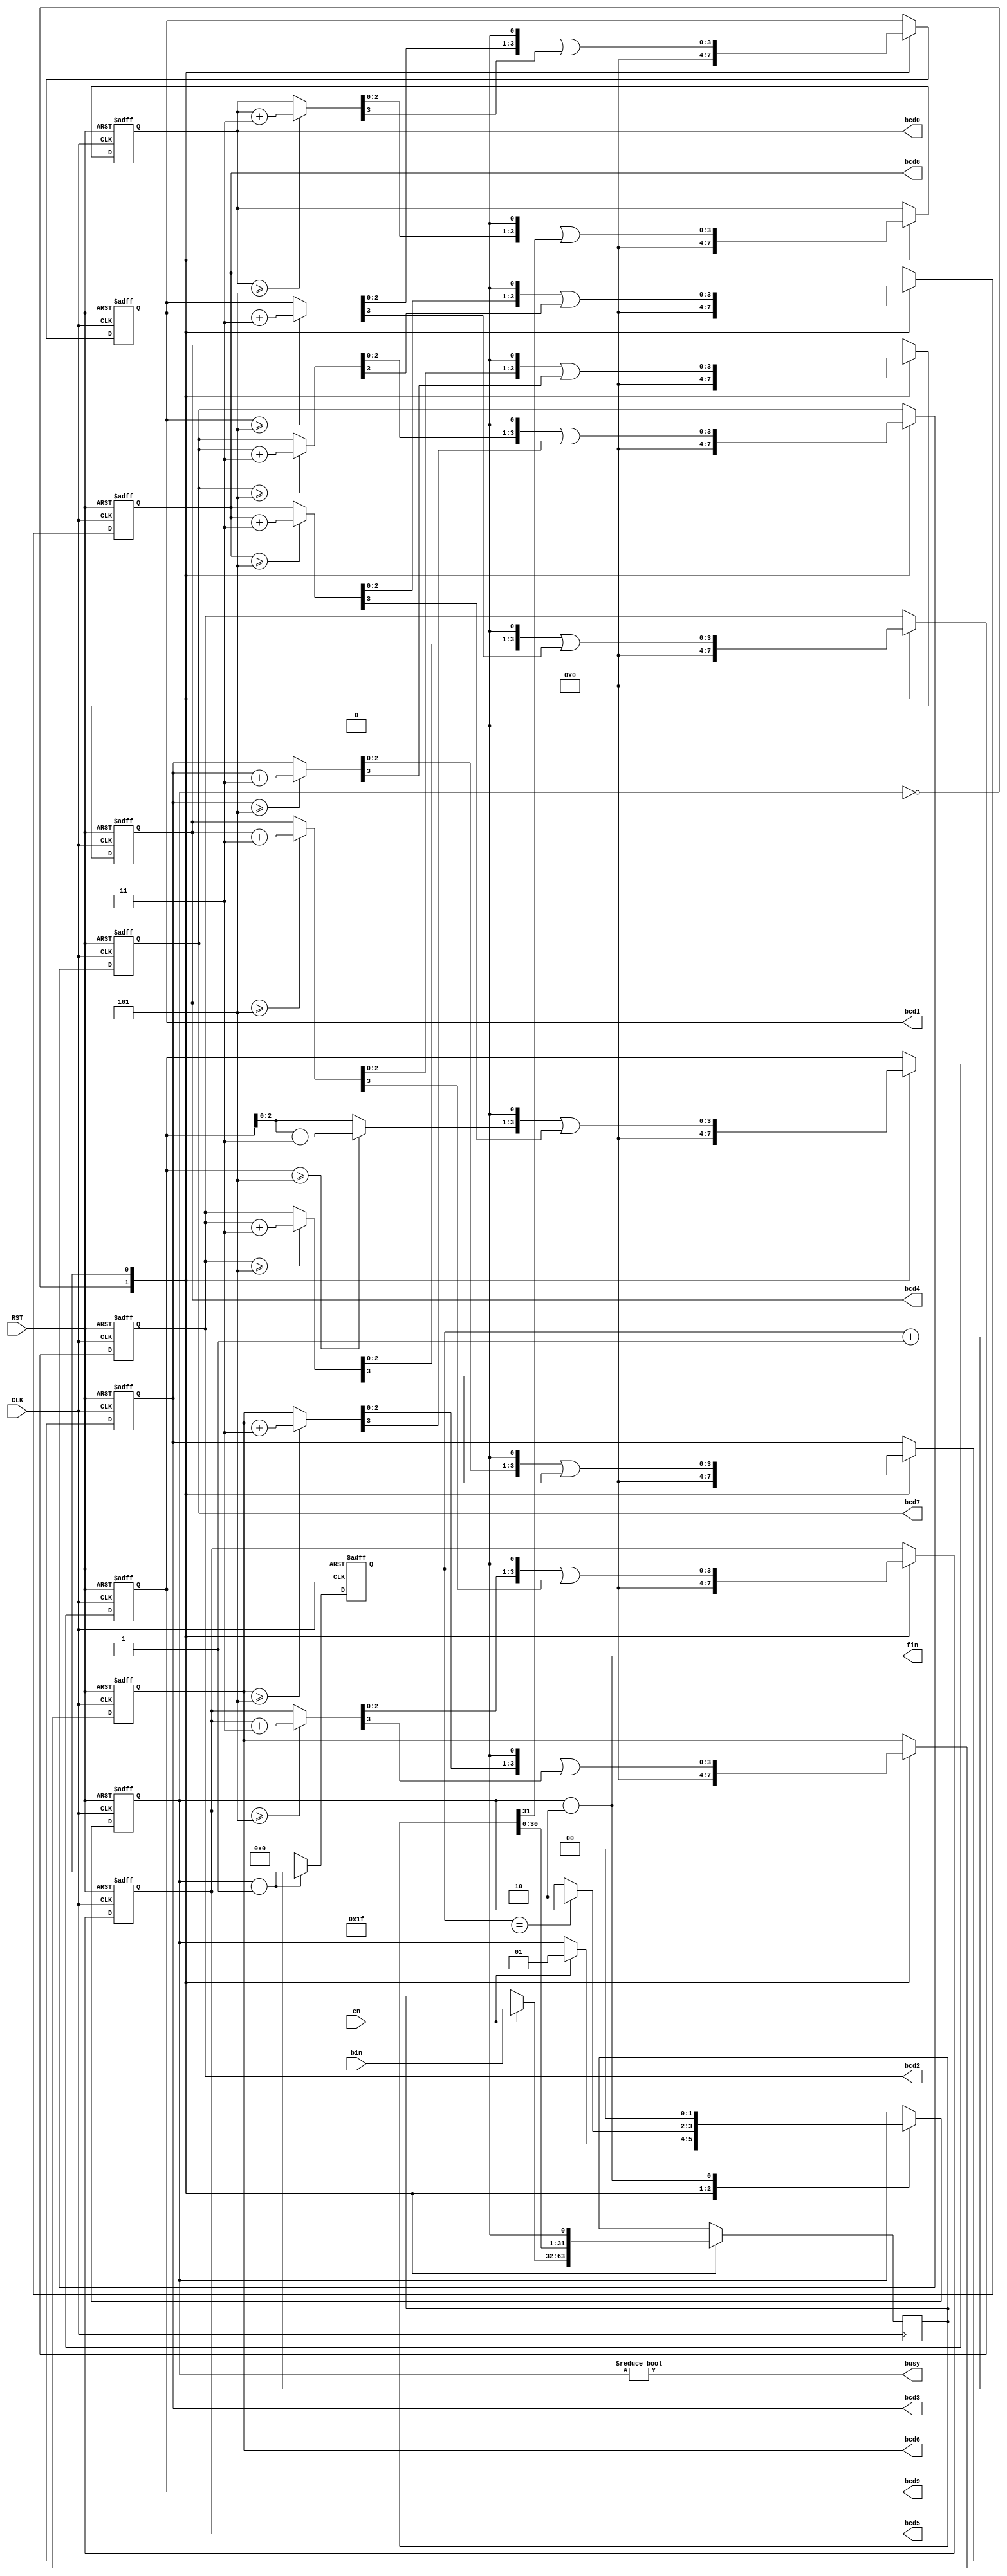

module bin2bcd32
  (
   input        CLK,
   input        RST,

   input        en,
   input [31:0] bin,

   output [3:0] bcd0,
   output [3:0] bcd1,
   output [3:0] bcd2,
   output [3:0] bcd3,
   output [3:0] bcd4,
   output [3:0] bcd5,
   output [3:0] bcd6,
   output [3:0] bcd7,
   output [3:0] bcd8,
   output [3:0] bcd9,

   output       busy,
   output       fin
   );

   reg [31:0]   bin_r;
   reg [4:0]    bitcount;
   reg [3:0]    bcd[0:9];
   wire [3:0]   bcdp[0:9];

   assign bcd0 = bcd[0];
   assign bcd1 = bcd[1];
   assign bcd2 = bcd[2];
   assign bcd3 = bcd[3];
   assign bcd4 = bcd[4];
   assign bcd5 = bcd[5];
   assign bcd6 = bcd[6];
   assign bcd7 = bcd[7];
   assign bcd8 = bcd[8];
   assign bcd9 = bcd[9];

   localparam s_idle = 2'b00;
   localparam s_busy = 2'b01;
   localparam s_fin  = 2'b10;
   reg [1:0]    state;

   assign busy = state != s_idle;
   assign fin  = state == s_fin;

   always @(posedge CLK or negedge RST)
     if (!RST) begin
        state <= s_idle;
     end else begin
        case (state)
          s_idle: 
            if (en)
              state <= s_busy;

          s_busy:
            if (bitcount == 5'd31)
              state <= s_fin;

          s_fin:
            state <= s_idle;

          default: ;
        endcase
     end

   always @(posedge CLK) begin
      case (state)
        s_idle: 
          if (en)
            bin_r <= bin;
        s_busy:
          bin_r <= {bin_r[30:0], 1'b0};
        default: ;
      endcase
   end

   always @(posedge CLK or negedge RST)
     if (!RST) begin
        bitcount <= 5'd0;
     end else begin
        case (state)
          s_busy:
            bitcount <= bitcount + 5'd1;
          
          default: 
            bitcount <= 5'd0;
        endcase
     end

   generate
      genvar g;

      for (g=0; g<=9; g=g+1) begin : GEN_BCD

         wire [3:0] s;
         wire [3:0] prev;

         assign bcdp[g] = (bcd[g] >= 4'd5) ? bcd[g] + 4'd3 : bcd[g];

         if (g != 0) begin
            assign prev = bcdp[g-1];
         end else begin // if (g != 0)
            assign prev = {bin_r[31], 3'b0};
         end
         assign s 
           = ((bcdp[g] << 1) | (prev >> 3));

         always @(posedge CLK or negedge RST)
           if (!RST) begin
              bcd[g] <= 4'd0;
           end else begin
              case (state)
                s_idle: 
                  bcd[g] <= 4'd0;

                s_busy:
                  bcd[g] <= s;

                default: ;
              endcase
           end

      end
   endgenerate

endmodule